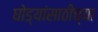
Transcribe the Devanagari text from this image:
घोड्यांसाठीच्या